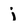
Character: j